Vaccination in Bombay 1902-1912 - 1902-1912
Year: 1902
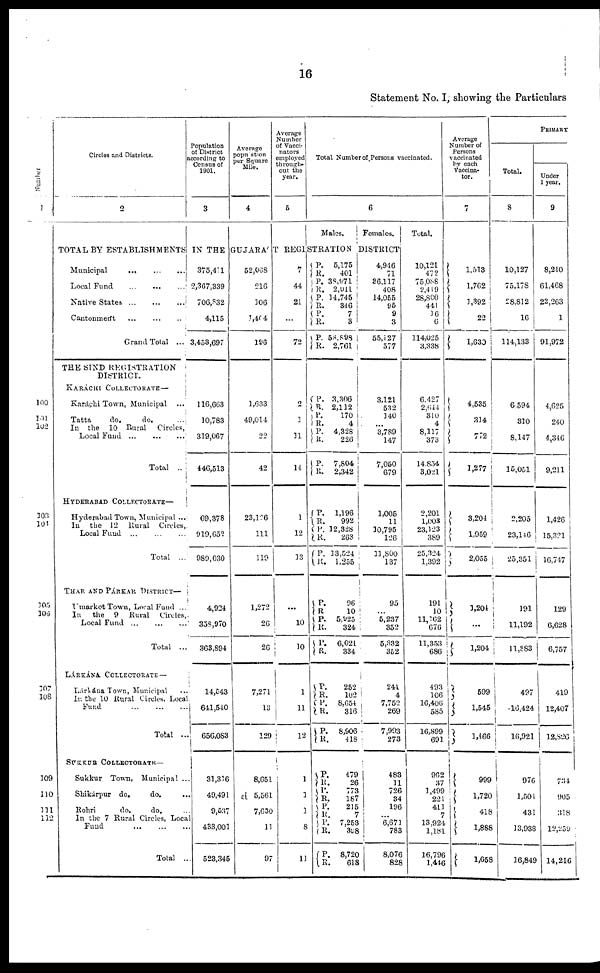
16
Statement No. I, showing the Particulars
Number
1
100
101
102
103
104
105
106
107
108
109
110
111
112
Circles and Districts.
2
Population
of District
according to
Census of
1901.
3
Average
population
per Square
Mile.
4
Average
Number
of Vacci¬
nators
employed
through-
out the
year.
5
Total Number of Persons vaccinated.
6
Males.
Females.
Total.
Average
Number of
Persons
vaccinated
by each
Vaccina¬
tor.
7
PRIMARY
Total.
8
Under
1 year.
9
TOTAL BY ESTABLISHMENTS IN THE GUJARÁT REGISTRATION DISTRICT
Municipal
...
...
...
Local Fund ... ... ...
Native States
...
...
...
Cantonment
...
...
...
Grand Total ...
THE SIND REGISTRATION
DISTRICT.
KARÁCHI COLLECTORATE—
Karáchi Town, Municipal ...
Tatta
do.
do. ...
In the
10 Rural
Circles,
Local Fund
...
...
...
Total ..
HYDERABAD COLLECTORATE—
Hyderabad Town, Municipal ...
In
the 12 Rural
Circles,
Local Fund ... ... ...
Total ...
THAR AND PÁRKAR DISTRICT—
Umarkot Town, Local Fund ...
In
the
9
Rural
Circles,
Local Fund
...
...
...
Total ...
LÁRKÁNA COLLECTORATE—
Lárhána Town, Municipal ...
In the 10 Rural Circles, Local
Fund ... ... ...
Total ..
SUKKUR COLLECTORATE—
Sukkur Town, Municipal ...
Shikárpur do.
do. ...
Rohri
do.
do. ...
In the 7 Rural Circles, Local
Fund
...
...
...
Total ...
375,411
2,367,339
706,832
4,115
3,453,697
116,663
10,783
319,067
446,513
69,378
919,652
989,030
4,924
358,970
363,894
14,543
641,540
656,083
31,316
49,491
9,537
433,001
523,345
52,068
216
106
1,404
196
1,633
49,014
22
42
23,126
111
119
1,272
26
26
7,271
13
129
8,651
5,561
7,630
11
97
7
44
21
...
72
2
1
11
14
1
12
33
...
10
10
1
11
12
1
1
1
8
11
P.
R.
P.
R.
P.
R.
P.
R.
P.
R.
5,175
401
38,971
2,011
14,745
346
7
3
58,898
2,761
P.
R.
P.
R.
P.
R.
P.
R.
3,306
2,112
170
4
4,328
226
7,804
2,342
P.
R.
P.
R.
P.
R.
1,196
992
12,328
263
13,524
1,255
P.
R.
P.
R.
P.
R.
96
10
5,825
324
6,021
334
P.
R.
P.
R.
P.
R.
252
102
8,654
316
8,906
418
P.
R.
P.
R.
P.
R.
P.
R.
P.
R.
479
26
773
187
215
7
7,253
398
8,720
618
4,946
71
36,117
408
14,055
95
9
3
55,127
577
3,121
532
140
...
3,789
147
7,050
679
1,005
11
10,795
126
11,800
137
95
5,237
352
5,332
352
241
4
7,752
269
7,993
273
483
11
726
34
196
...
6,671
783
8,076
828
10,121
472
75,088
2,419
28,800
441
16
6
114,025
3,338
6,427
2,644
310
4
8,117
373
14,834
3,021
2,201
1,003
23,123
369
25,324
1,392
191
10
11,162
676
11,353
686
493
106
16,406
585
16,899
691
962
37
1,499
221
411
7
13,924
1,181
16,796
1,446
1,513
1,762
1,392
22
1,630
4,535
314
772
1,277
3,204
1,959
2,055
1,204
...
1,204
599
1,545
1,466
999
1,720
418
1,888
1,658
10,127
75,178
28,812
16
114,133
6,594
310
8,147
15,051
2,205
23,146
25,351
191
11,192
11,883
497
16,424
16,921
976
1,504
431
13,938
16,849
8,240
61,468
22,263
1
91,972
4,625
240
4,346
9,211
1,426
15,321
16,747
129
6,628
6,757
419
12,407
12,826
734
905
318
12,259
14,216